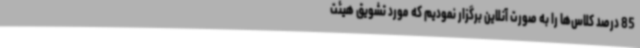
85 درصد کلاس‌ها را به صورت آنلاین برگزار نمودیم که مورد تشویق هیئت